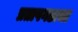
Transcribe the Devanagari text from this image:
प्रतापगडाचा